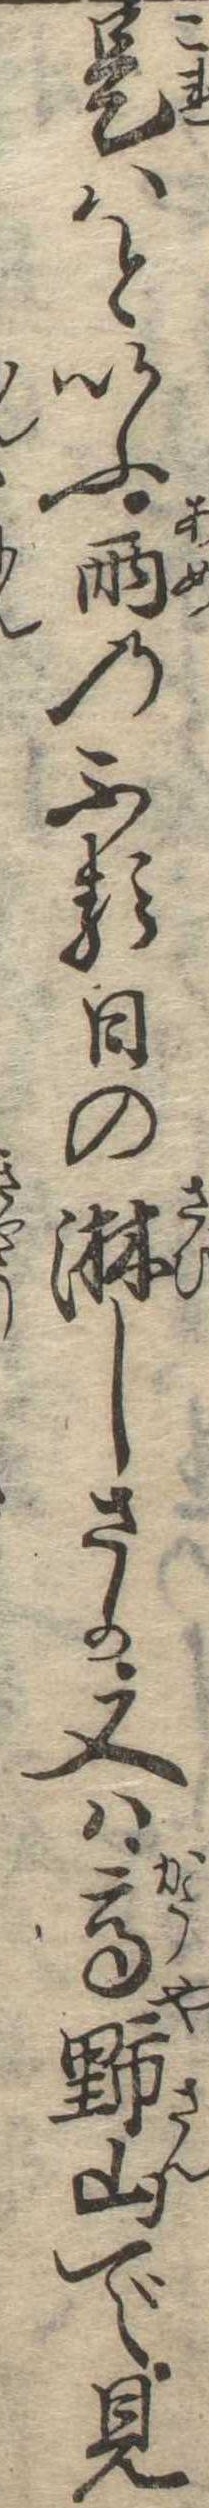
是はといふ雨のふる日の淋しさか又は高野山で見